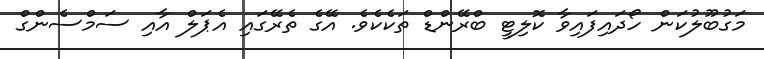
މަގުބޫލުކަން ހޯދައިފައިވާ ކޮލިޓީ ބްރޭންޑް ތަކެކެވެ. އޭގެ ތެރޭގައި އެޕަލް އާއި ސަމްސެންގް